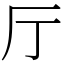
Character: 厅